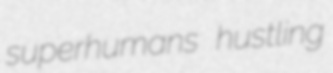
superhumans hustling